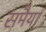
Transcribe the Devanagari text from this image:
समैया